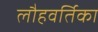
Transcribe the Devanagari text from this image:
लौहवर्तिका